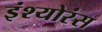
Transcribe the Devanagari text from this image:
इंश्योरंस